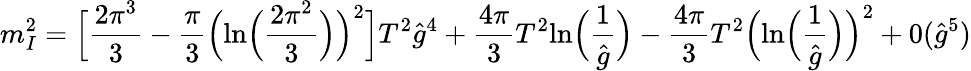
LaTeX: m_{I}^{2}=\Bigl[{\frac{2\pi^{3}}{3}}-{\frac{\pi}{3}}\Big(\mathrm{ln}\Big({\frac{2\pi^{2}}{3}}\Big)\Big)^{2}\Big]T^{2}{\hat{g}}^{4}+{\frac{4\pi}{3}}T^{2}\mathrm{ln}\Big({\frac{1}{\hat{g}}}\Big)-{\frac{4\pi}{3}}T^{2}\Big(\mathrm{ln}\Big({\frac{1}{\hat{g}}}\Big)\Big)^{2}+0({\hat{g}}^{5})